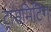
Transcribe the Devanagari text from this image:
ट्रांसमिटिंग